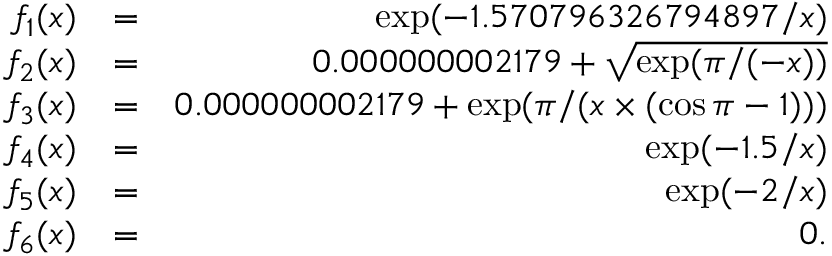
\begin{array} { r l r } { f _ { 1 } ( x ) } & { = } & { \exp ( - 1 . 5 7 0 7 9 6 3 2 6 7 9 4 8 9 7 / x ) } \\ { f _ { 2 } ( x ) } & { = } & { 0 . 0 0 0 0 0 0 0 0 2 1 7 9 + \sqrt { \exp ( \pi / ( - x ) ) } } \\ { f _ { 3 } ( x ) } & { = } & { 0 . 0 0 0 0 0 0 0 0 2 1 7 9 + \exp ( \pi / ( x \times ( \cos \pi - 1 ) ) ) } \\ { f _ { 4 } ( x ) } & { = } & { \exp ( - 1 . 5 / x ) } \\ { f _ { 5 } ( x ) } & { = } & { \exp ( - 2 / x ) } \\ { f _ { 6 } ( x ) } & { = } & { 0 . } \end{array}